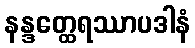
နန္ဒတ္ထေရဿာပဒါနံ